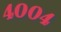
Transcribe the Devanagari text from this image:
४००४